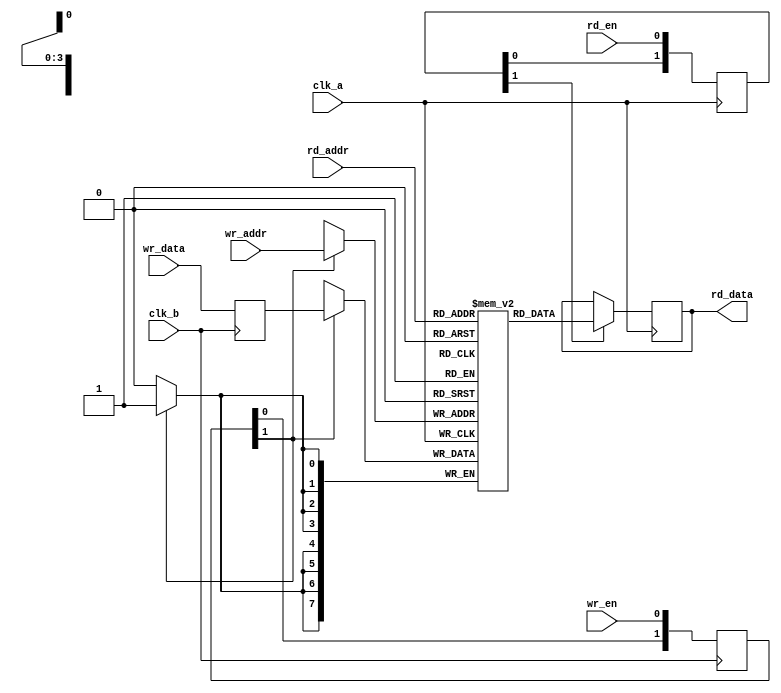
module memory_block #(
    parameter DATA_WIDTH = 8,
    parameter ADDR_WIDTH = 4,
    parameter DELAY_CYCLES = 2
)(
    input  wire                  clk_a,          // Clock for the memory block
    input  wire                  clk_b,          // Clock for writing data
    input  wire                  wr_en,          // Write enable signal
    input  wire                  rd_en,          // Read enable signal
    input  wire [ADDR_WIDTH-1:0] wr_addr,        // Write address
    input  wire [DATA_WIDTH-1:0] wr_data,        // Data to be written
    input  wire [ADDR_WIDTH-1:0] rd_addr,        // Read address
    output reg  [DATA_WIDTH-1:0] rd_data         // Data read from the memory block
);

// Memory storage
reg [DATA_WIDTH-1:0] mem [0:(1<<ADDR_WIDTH)-1];

// Safe delay line / Synchronizer for write enable signal
reg [DELAY_CYCLES-1:0] wr_en_delay;
reg [DELAY_CYCLES-1:0] rd_en_delay;
reg [DATA_WIDTH-1:0] wr_data_delay;

// Write operation: synchronized after safe delay
always @(posedge clk_b) begin
    wr_en_delay <= {wr_en_delay[DELAY_CYCLES-2:0], wr_en};      // Shift delay
    wr_data_delay <= wr_data;                                   // Capture data for writing
end

always @(posedge clk_a) begin
    if (wr_en_delay[DELAY_CYCLES-1]) begin
        mem[wr_addr] <= wr_data_delay;                          // Write data to memory
    end
end

// Read operation
always @(posedge clk_a) begin
    rd_en_delay <= {rd_en_delay[DELAY_CYCLES-2:0], rd_en};      // Shift read enable delay
end

always @(posedge clk_a) begin
    if (rd_en_delay[DELAY_CYCLES-1]) begin
        rd_data <= mem[rd_addr];                                // Read data from memory
    end
end

endmodule